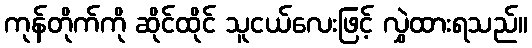
ကုန်တိုက်ကို ဆိုင်ထိုင် သူငယ်လေးဖြင့် လွှဲထားရသည်။